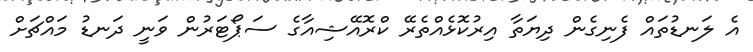
އެ ލަނޑުތައް ފެނިގެން ދިޔަތާ އިރުކޮޅެއްތެރޭ ކްރޮއޭޝިއާގެ ސަޕޯޓަރުން ވަނީ ދަނޑު މައްޗަށް